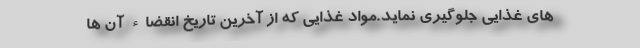
های غذایی جلوگیری نماید.مواد غذایی که از آخرین تاریخ انقضاء آن ها